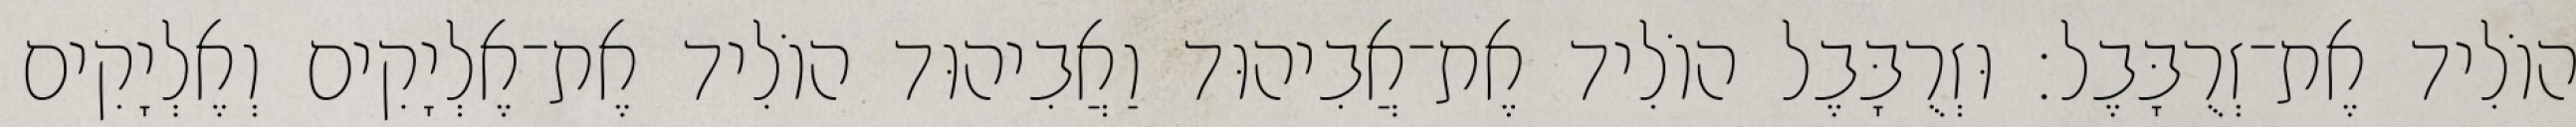
הוֹלִיד אֶת־זְרֻבָּבֶל׃ וּזְרֻבָּבֶל הוֹלִיד אֶת־אֲבִיהוּד וַאֲבִיהוּד הוֹלִיד אֶת־אֶלְיָקִים וְאֶלְיָקִים